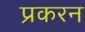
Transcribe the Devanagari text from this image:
प्रकरन